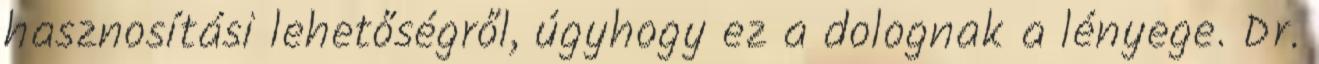
hasznosítási lehetőségről, úgyhogy ez a dolognak a lényege. Dr.